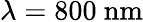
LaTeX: \lambda=800\ \mathrm{nm}